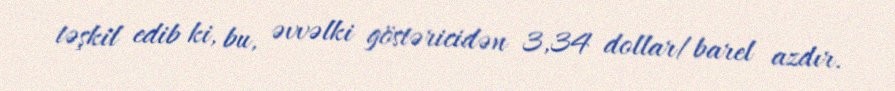
təşkil edib ki, bu, əvvəlki göstəricidən 3,34 dollar/barel azdır.